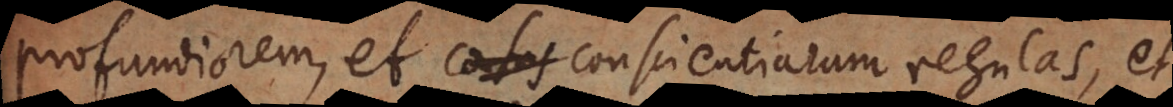
profundiorem, et conscientiarum regulas, et